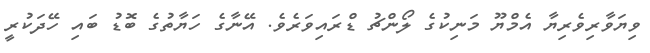
ވިޔަވާރިވެރިޔާ އެމްޔޫ މަނިކުގެ ލޯންޗު ޑްރައިވަރެވެ. އޭނާގެ ހަޔާތުގެ ބޮޑު ބައި ހޭދަކުރީ